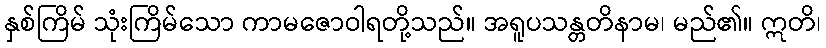
နှစ်ကြိမ် သုံးကြိမ်သော ကာမဇောဝါရတို့သည်။ အရူပသန္တတိနာမ၊ မည်၏။ ဣတိ၊